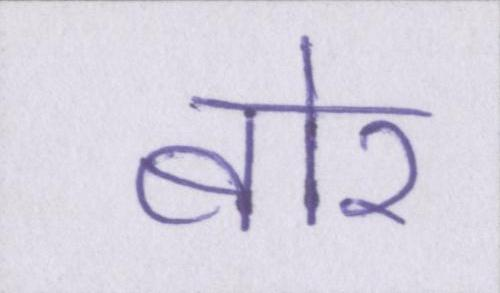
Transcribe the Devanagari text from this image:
बोर